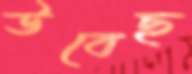
উবেছ